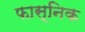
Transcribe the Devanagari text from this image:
फास्निक